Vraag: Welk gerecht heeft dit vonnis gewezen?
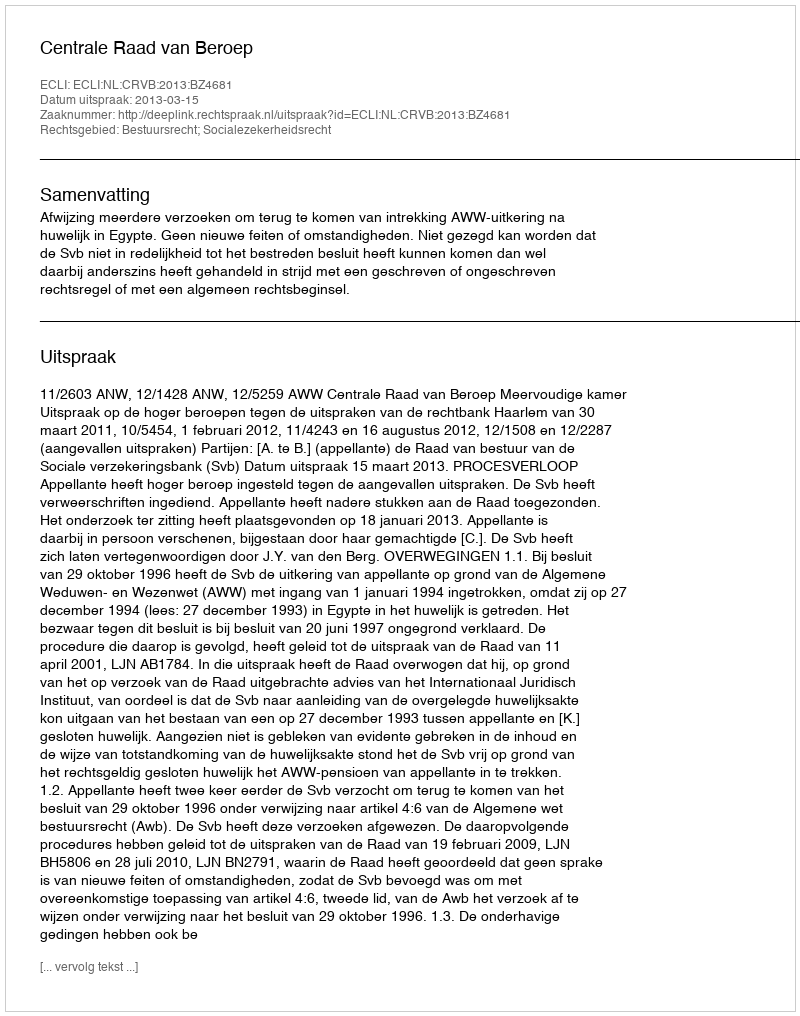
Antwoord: Centrale Raad van Beroep